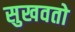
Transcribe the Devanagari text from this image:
सुखवतो